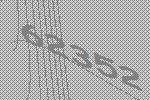
62352